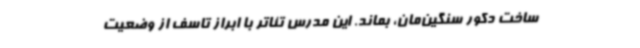
ساخت دکور سنگین‌مان، بماند. این مدرس تئاتر با ابراز تاسف از وضعیت